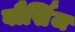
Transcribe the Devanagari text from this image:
बौर्सिज